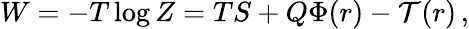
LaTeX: W=-T\log Z=TS+Q\Phi(r)-\mathcal{T}(r)\, ,